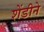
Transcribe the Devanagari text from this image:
शेंडीने